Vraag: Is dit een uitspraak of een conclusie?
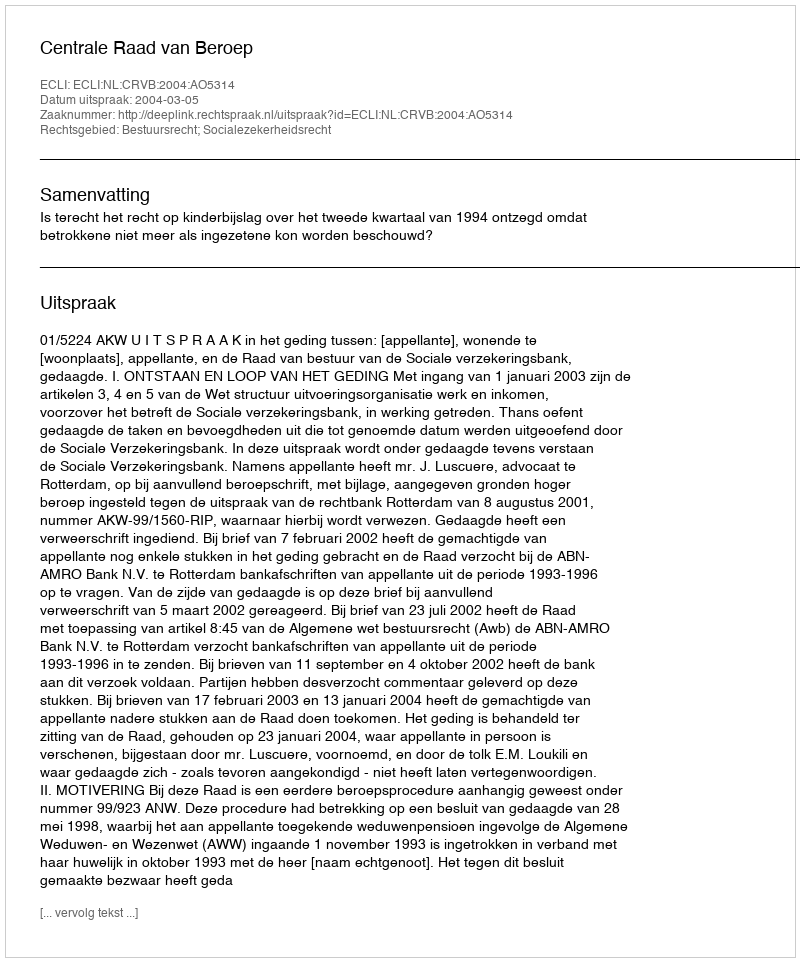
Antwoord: Uitspraak